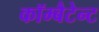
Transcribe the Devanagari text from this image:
कॉम्बैटेन्ट